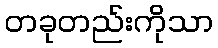
တခုတည်းကိုသာ